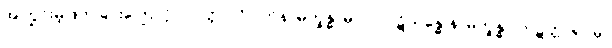
အကြွင်းမဲ့ဖြတ်ခြင်းကြောင့်။ ပဝတ္တာ၊ ဝိပါက်နာမက္ခန္ဓာမှ။ ဝါ၊ ပဋိသန္ဓေ နာမက္ခန္ဓာ ကဋတ္တာရုပ်မှ။